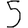
Digit: 5